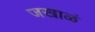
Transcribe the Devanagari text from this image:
जखाळं